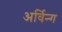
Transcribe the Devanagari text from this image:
अर्विन्ग